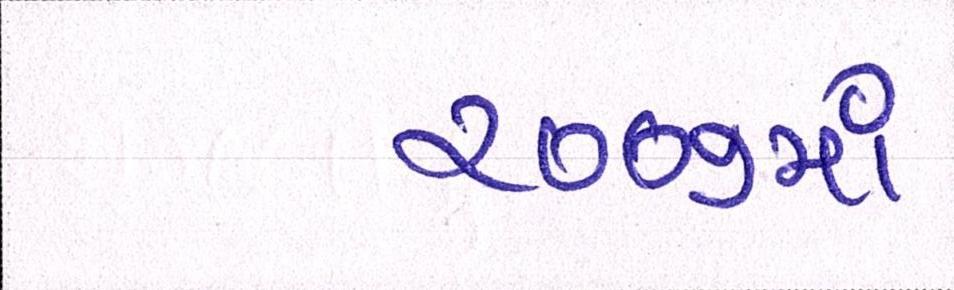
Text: ૨૦૦૭માં